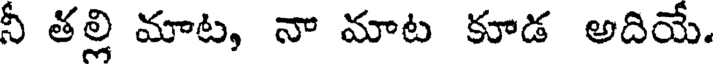
నీ తల్లి మాట, నా మాట కూడ అదియే.